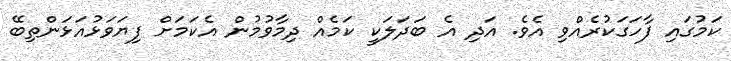
ކަމުގައި ފާހަގަކުރެއްވި އެވެ. އަދި އެ ބަދަލަކީ ކަމެއް ދިމާވުމުން އެކަމަށް ފިޔަވަޅުއަޅަންތިބޭ